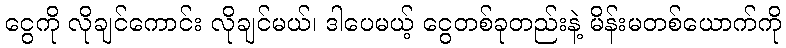
ငွေကို လိုချင်ကောင်း လိုချင်မယ်၊ ဒါပေမယ့် ငွေတစ်ခုတည်းနဲ့ မိန်းမတစ်ယောက်ကို